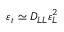
\varepsilon _ { t } \simeq D _ { L L } \varepsilon _ { L } ^ { 2 }